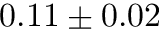
0 . 1 1 \pm 0 . 0 2